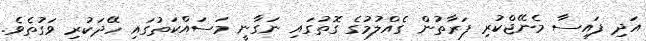
އަދި ފައިސާ މެނޭޖްކުރި ފަރާތުން ގެއްލުމުގެ ގޮތުގައި ނަގާނީ މަސައްކަތުގައި ހޭދަކުރި ވަގުތެވެ.